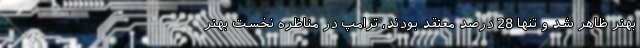
بهتر ظاهر شد و تنها 28 درصد معتقد بودند، ترامپ در مناظره نخست بهتر